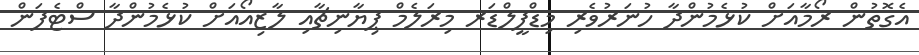
އެގޮތުން ރޯމާއަށް ކުޅެމުންދާ ހުނަރުވެރި މިޑްފީލްޑަރ މިރަލެމް ޕިޔާނިޗާއި ލާޒިއޯއަށް ކުޅެމުންދާ ސްޓެފަން